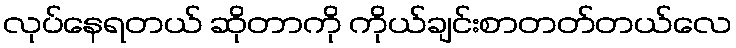
လုပ်နေရတယ် ဆိုတာကို ကိုယ်ချင်းစာတတ်တယ်လေ